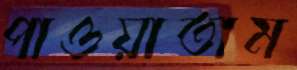
পাওয়াতাম